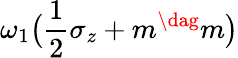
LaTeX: \omega_{1}\big(\frac{1}{2}\sigma_{z}+m^{\dag}m\big)